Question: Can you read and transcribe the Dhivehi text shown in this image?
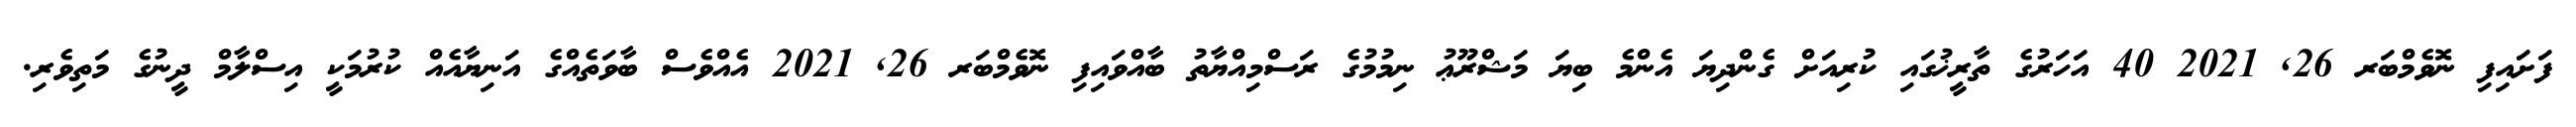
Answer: ފަށައިފި ނޮވެމްބަރ 26, 2021 40 އަހަރުގެ ތާރީޚުގައި ކުރިއަށް ގެންދިޔަ އެންމެ ބިޔަ މަޝްރޫޢު ނިމުމުގެ ރަސްމިއްޔާތު ބާއްވައިފި ނޮވެމްބަރ 26, 2021 އެއްވެސް ބާވަތެއްގެ އަނިޔާއެއް ކުރުމަކީ އިސްލާމް ދީނުގެ މަތިވެރި.